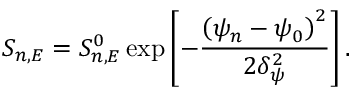
S _ { n , E } = S _ { n , E } ^ { 0 } \exp \left[ - \frac { \left( \psi _ { n } - \psi _ { 0 } \right) ^ { 2 } } { 2 \delta _ { \psi } ^ { 2 } } \right] .